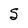
Character: S